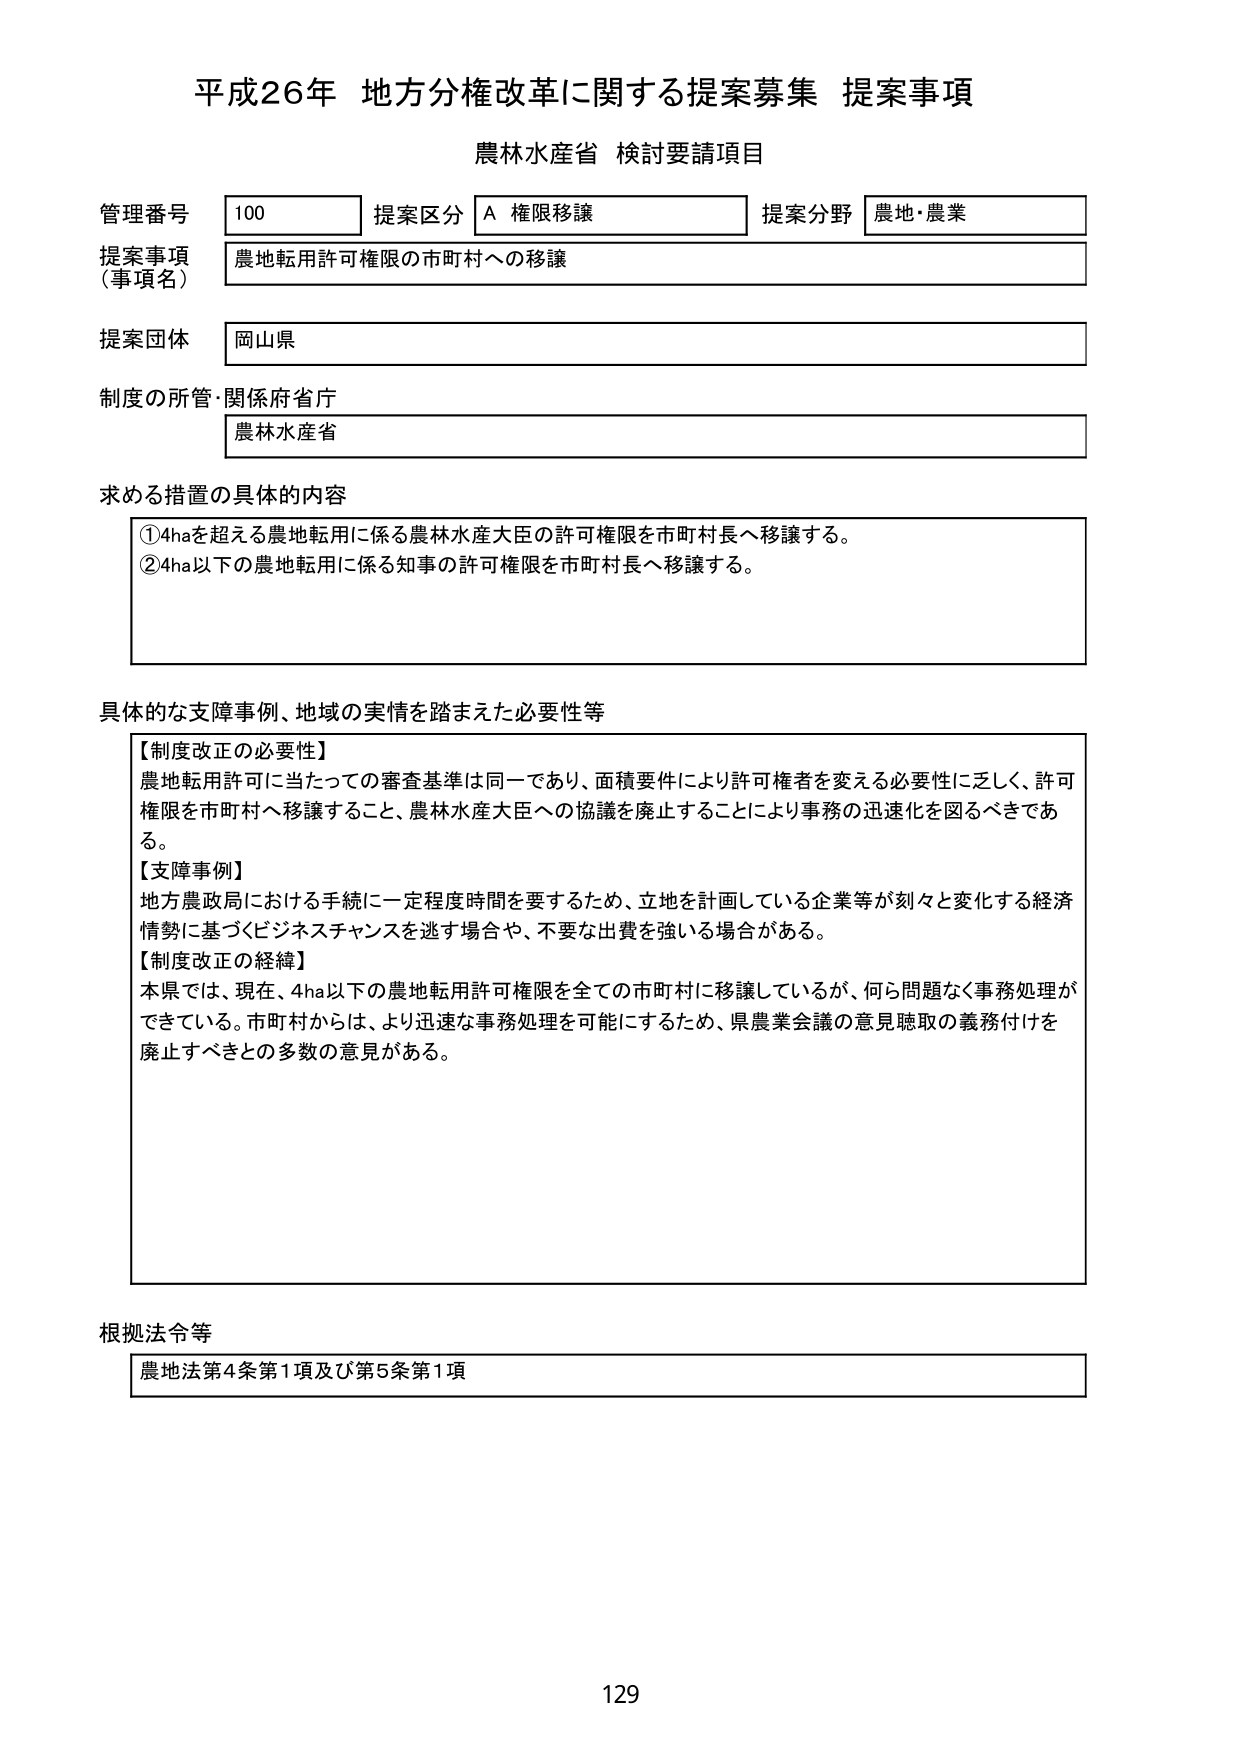
平成26年 地方分権改革に関する提案募集 提案事項
農林水産省 検討要請項目

管理番号 100 提案区分 A 権限移譲 提案分野 農地・農業
提案事項（事項名） 農地転用許可権限の市町村への移譲
提案団体 岡山県
制度の所管・関係府省庁 農林水産省

求める措置の具体的内容
①4haを超える農地転用に係る農林水産大臣の許可権限を市町村長へ移譲する。
②4ha以下の農地転用に係る知事の許可権限を市町村長へ移譲する。

具体的な支障事例、地域の実情を踏まえた必要性等
【制度改正の必要性】
農地転用許可に当たっての審査基準は同一であり、面積要件により許可権者を変える必要性に乏しく、許可権限を市町村へ移譲すること、農林水産大臣への協議を廃止することにより事務の迅速化を図るべきである。
【支障事例】
地方農政局における手続に一定程度時間を要するため、立地を計画している企業等が刻々と変化する経済情勢に基づくビジネスチャンスを逃す場合や、不要な出費を強いられる場合がある。
【制度改正の経緯】
本県では、現在、4ha以下の農地転用許可権限を全ての市町村に移譲しているが、何ら問題なく事務処理ができている。市町村からは、より迅速な事務処理を可能にするため、県農業会議の意見聴取の義務付けを廃止すべきとの多数の意見がある。

根拠法令等
農地法第4条第1項及び第5条第1項

129